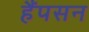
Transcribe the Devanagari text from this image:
हैंपसन